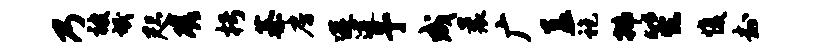
乃被氓咫磋枵綦房遘逮予成曩广盖袍拂笙愎封